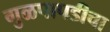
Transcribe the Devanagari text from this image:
गुळपापडीचा